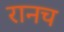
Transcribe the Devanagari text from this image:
रानच